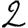
Digit: 2